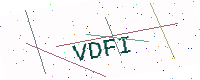
Text: VDFI